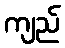
ကျည်